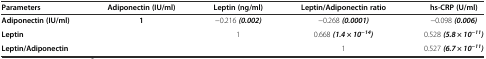
<table><thead><tr><td><b>Parameters</b></td><td><b>Adiponectin (IU/ml)</b></td><td><b>Leptin (ng/ml)</b></td><td><b>Leptin/Adiponectin ratio</b></td><td><b>hs-CRP (U/ml)</b></td></tr></thead><tbody><tr><td><b>Adiponectin (IU/ml)</b></td><td><b>1</b></td><td>-0.216 <b><i>(0.002)</i></b></td><td>-0.268 <b><i>(0.0001)</i></b></td><td>-0.098 <b><i>(0.006)</i></b></td></tr><tr><td><b>Leptin</b></td><td></td><td>1</td><td>0.668 <b><i>(1.4 × 10</i></b><sup><b><i>-14</i></b></sup><b><i>)</i></b></td><td>0.528 <b><i>(5.8 × 10</i></b><sup><b><i>-11</i></b></sup><b><i>)</i></b></td></tr><tr><td><b>Leptin/Adiponectin</b></td><td></td><td></td><td>1</td><td>0.527 <b><i>(6.7 × 10</i></b><sup><b><i>-11</i></b></sup><b><i>)</i></b></td></tr></tbody></table>